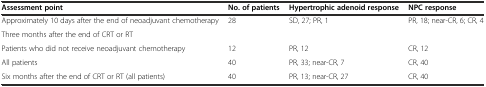
<table><thead><tr><td><b>Assessment point</b></td><td><b>No. of patients</b></td><td><b>Hypertrophic adenoid response</b></td><td><b>NPC response</b></td></tr></thead><tbody><tr><td>Approximately 10 days after the end of neoadjuvant chemotherapy</td><td>28</td><td>SD, 27; PR, 1</td><td>PR, 18; near-CR, 6; CR, 4</td></tr><tr><td>Three months after the end of CRT or RT</td><td>[EMPTY_CELL]</td><td>[EMPTY_CELL]</td><td>[EMPTY_CELL]</td></tr><tr><td>Patients who did not receive neoadjuvant chemotherapy</td><td>12</td><td>PR, 12</td><td>CR, 12</td></tr><tr><td>All patients</td><td>40</td><td>PR, 33; near-CR, 7</td><td>CR, 40</td></tr><tr><td>Six months after the end of CRT or RT (all patients)</td><td>40</td><td>PR, 13; near-CR, 27</td><td>CR, 40</td></tr></tbody></table>